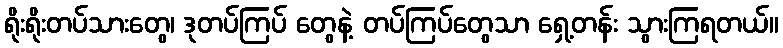
ရိုးရိုးတပ်သားတွေ၊ ဒုတပ်ကြပ် တွေနဲ့ တပ်ကြပ်တွေသာ ရှေ့တန်း သွားကြရတယ်။